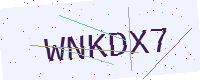
Text: WNKDX7